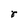
Character: r